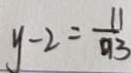
y - 2 = \frac { 1 1 } { 9 3 }